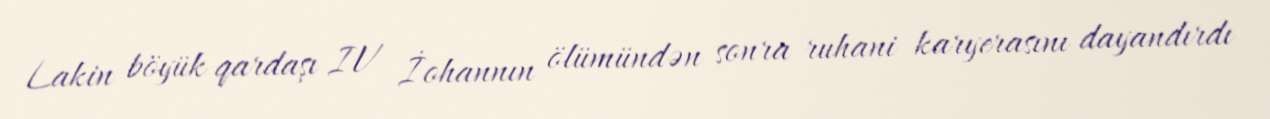
Lakin böyük qardaşı IV İohannın ölümündən sonra ruhani karyerasını dayandırdı